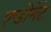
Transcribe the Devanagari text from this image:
एन्डोमेंट